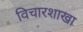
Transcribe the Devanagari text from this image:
विचारशाखा